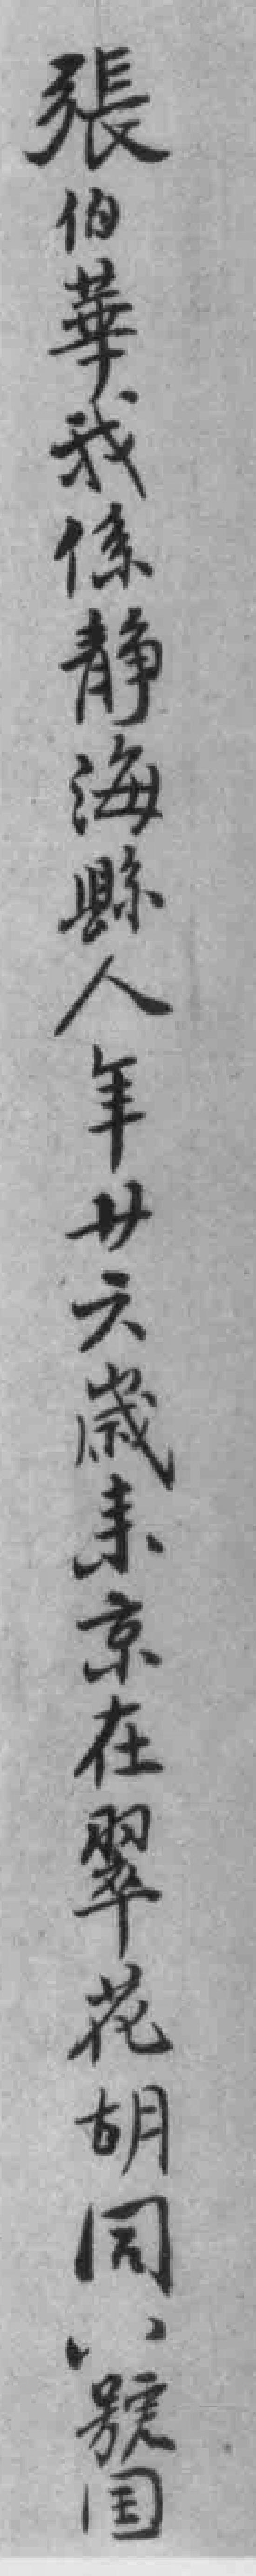
張伯華我係静海縣人年廿六歲来京在翠花胡同八號国